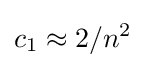
c_{1}\approx 2/n^{2}